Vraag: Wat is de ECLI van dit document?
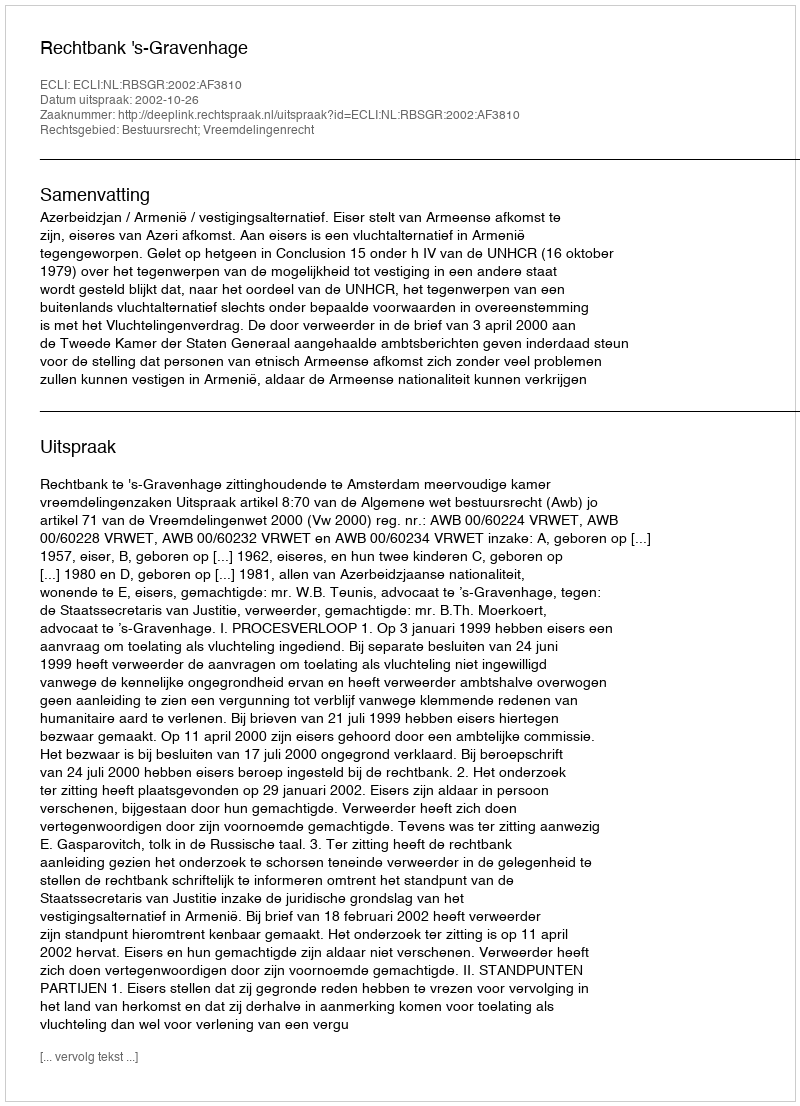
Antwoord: ECLI:NL:RBSGR:2002:AF3810